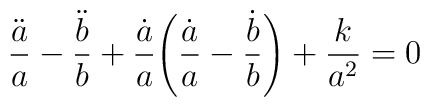
\frac{\ddot{a}}{a}-\frac{\ddot{b}}{b}+\frac{\dot{a}}{a}\Bigg(\frac{\dot{a}}{a}-\frac{\dot{b}}{b}\Bigg)+\frac{k}{a^2}=0